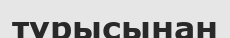
тұрысынан